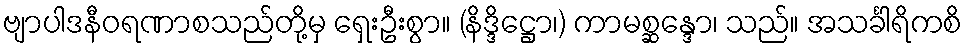
ဗျာပါဒနီဝရဏာစသည်တို့မှ ရှေးဦးစွာ။ (နိဒ္ဒိဋ္ဌော၊) ကာမစ္ဆန္ဒော၊ သည်။ အသင်္ခါရိကစိ